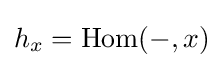
h_{x}=\operatorname {Hom} (-,x)